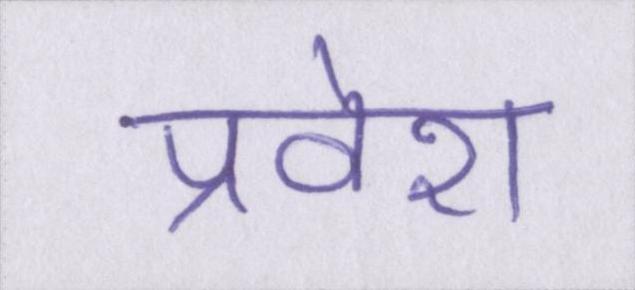
प्रवेश